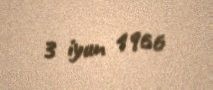
3 iyun 1966